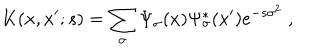
K ( x , x ^ { \prime } ; s ) = \sum _ { \sigma } \Psi _ { \sigma } ( x ) \Psi _ { \sigma } ^ { * } ( x ^ { \prime } ) e ^ { - s \sigma ^ { 2 } } \ ,